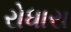
રોધારા